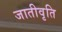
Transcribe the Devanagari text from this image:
जातीवृति